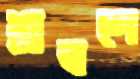
শ্রবণে